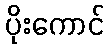
ပိုးကောင်